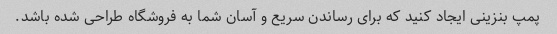
پمپ بنزینی ایجاد کنید که برای رساندن سریع و آسان شما به فروشگاه طراحی شده باشد.